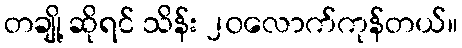
တချို့ ဆိုရင် သိန်း ၂၀လောက်ကုန်တယ်။